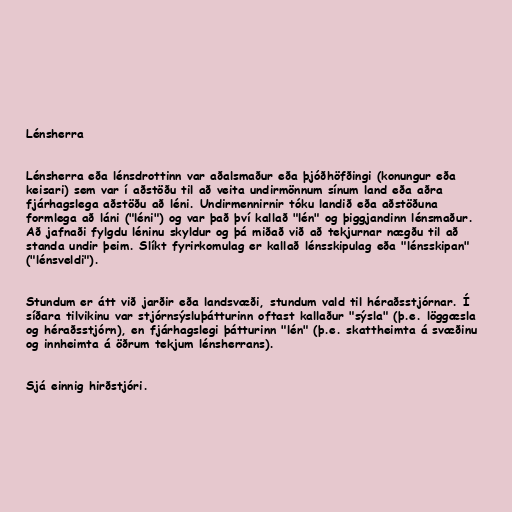
Lénsherra

Lénsherra eða lénsdrottinn var aðalsmaður eða þjóðhöfðingi (konungur eða
keisari) sem var í aðstöðu til að veita undirmönnum sínum land eða aðra
fjárhagslega aðstöðu að léni. Undirmennirnir tóku landið eða aðstöðuna
formlega að láni ("léni") og var það því kallað "lén" og þiggjandinn lénsmaður.
Að jafnaði fylgdu léninu skyldur og þá miðað við að tekjurnar nægðu til að
standa undir þeim. Slíkt fyrirkomulag er kallað lénsskipulag eða "lénsskipan"
("lénsveldi").

Stundum er átt við jarðir eða landsvæði, stundum vald til héraðsstjórnar. Í
síðara tilvikinu var stjórnsýsluþátturinn oftast kallaður "sýsla" (þ.e. löggæsla
og héraðsstjórn), en fjárhagslegi þátturinn "lén" (þ.e. skattheimta á svæðinu
og innheimta á öðrum tekjum lénsherrans).

Sjá einnig hirðstjóri.